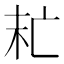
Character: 𠅍